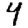
Digit: 4